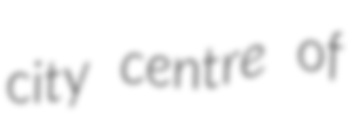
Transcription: city centre of